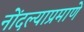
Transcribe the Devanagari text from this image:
नोंदल्याप्रमाणे